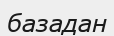
базадан